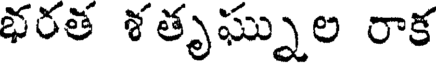
భరత శతృఘ్నుల రాక